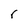
Character: r